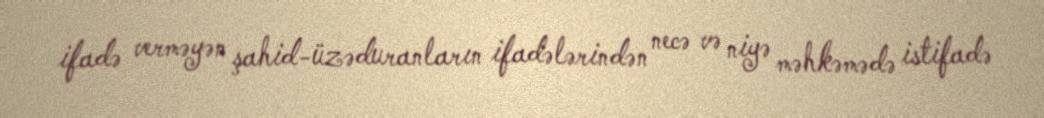
ifadə verməyən şahid-üzəduranların ifadələrindən necə və niyə məhkəmədə istifadə